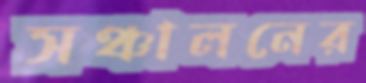
সঞ্চালনের